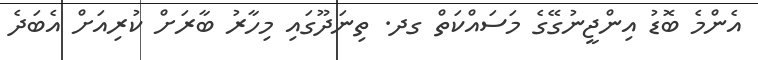
އެންމެ ބޮޑު އިންޖީނުގޭގެ މަސައްކަތް ގދ. ތިނަދޫގައި މިހާރު ބާރަށް ކުރިއަށް އެބަދެ